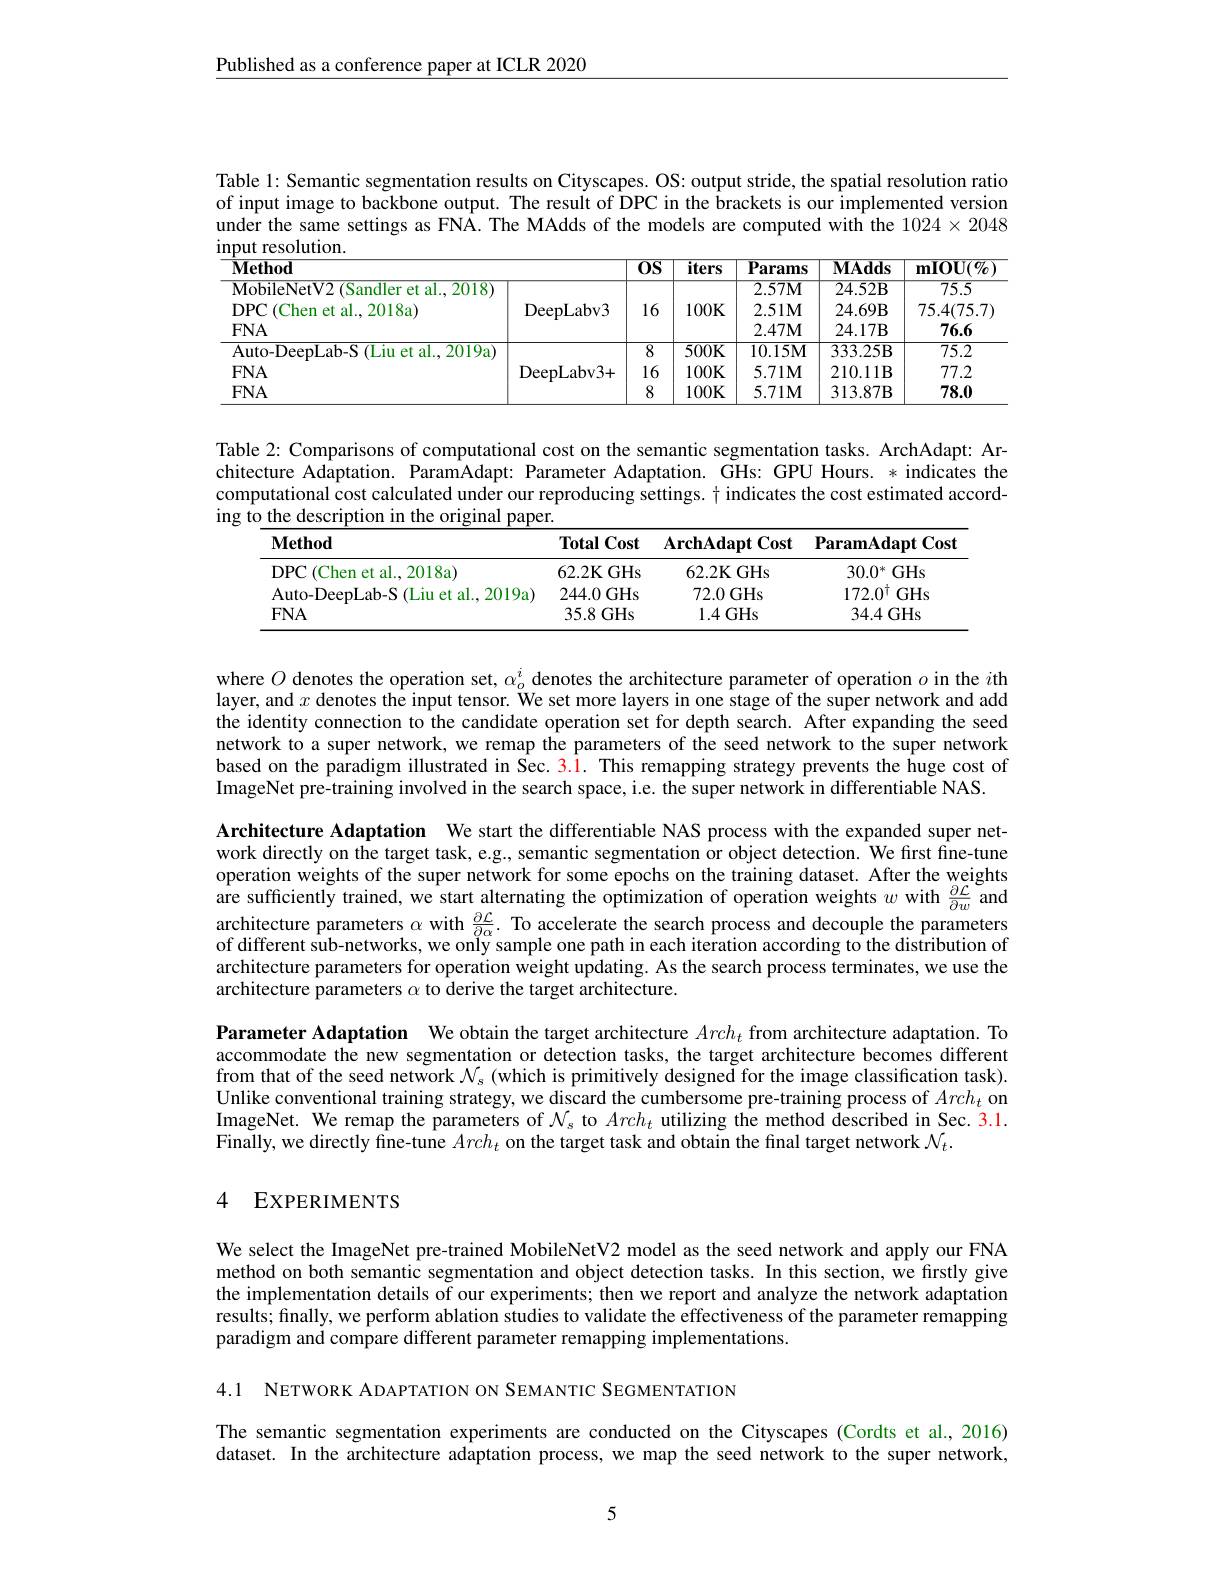
Published as a conference paper at ICLR 2020

Table 1: Semantic segmentation results on Cityscapes. OS: output stride, the spatial resolution ratio of input image to backbone output. The result of DPC in the brackets is our implemented version under the same settings as FNA. The MAdds of the models are computed with the $1024\times2048$ input resolution

<table>
	<tbody>
		<tr>
			<th>$\overline{\mathbf{Method}}$</th>
			<th> </th>
			<th>$\overline{0\mathbf{S}}$</th>
			<th>$\overline{\textbf{iters}}$</th>
			<th>$\mathbf{Params}$</th>
			<th>$\mathbf{MAdds}$</th>
			<th>$\mathbf{mIOU}(\%$</th>
		</tr>
		<tr>
			<td>MobileNetV2 (Sandler et al., 2018)</td>
			<td> </td>
			<td> </td>
			<td> </td>
			<td>$2.57\mathbf{M}$</td>
			<td>24.52B</td>
			<td>75.5</td>
		</tr>
		<tr>
			<td>DPC (Chen et al.,2018a)</td>
			<td>DeepLabv3</td>
			<td>16</td>
			<td>$100K$</td>
			<td>$2.51M$</td>
			<td>24.69B</td>
			<td>75.4(75.7)</td>
		</tr>
		<tr>
			<td>$FNA$</td>
			<td> </td>
			<td> </td>
			<td> </td>
			<td>$2.47\mathbf{M}$</td>
			<td>$24.17\mathbf{B}$</td>
			<td>76.6</td>
		</tr>
		<tr>
			<td>Auto-DeepLab-S (Liu et al., 2019a)</td>
			<td> </td>
			<td>$\overline{8}$</td>
			<td>$500K$</td>
			<td>10.15M</td>
			<td>333.25B</td>
			<td>75.2</td>
		</tr>
		<tr>
			<td>$FNA$</td>
			<td>DeepLabv3+ </td>
			<td>16</td>
			<td>$100K$</td>
			<td>$5.71\mathbf{M}$</td>
			<td>210.11B</td>
			<td>77.2</td>
		</tr>
		<tr>
			<td>$FNA$</td>
			<td> </td>
			<td>8</td>
			<td>$100K$</td>
			<td>$5.71\mathbf{M}$</td>
			<td>313.87B</td>
			<td>78.0</td>
		</tr>
	</tbody>
</table>

Table 2: Comparisons of computational cost on the semantic segmentation tasks. ArchAdapt: Architecture Adaptation. ParamAdapt: Parameter Adaptation. GHs: GPU Hours. * indicates the computational cost calculated under our reproducing settings. $\dagger$ indicates the cost estimated according to the description in the original paper.

<table>
	<tbody>
		<tr>
			<th>$\mathbf{Method}$</th>
			<th>Total $1Cost$</th>
			<th>$\mathbf{ArchAdaptCost}$</th>
			<th>$\textbf{ParamAdapt Cost}$</th>
		</tr>
		<tr>
			<td>$\mathbf{DPC}$ ${\mathrm{C}}($Chen et al., 2018a)</td>
			<td>$62.2\mathbf{K}($ GHs</td>
			<td>62.2K GHs</td>
			<td>GHs $30.0^{*}$</td>
		</tr>
		<tr>
			<td>Auto-DeepLab-S (Liu et al., 2019a)</td>
			<td>244.0GHs</td>
			<td>72.0GHs</td>
			<td>$172.0^{\dagger}$ GHs</td>
		</tr>
		<tr>
			<td>$FNA$</td>
			<td>35.8GHs</td>
			<td>1.4GHs</td>
			<td>34.4GHs</td>
		</tr>
	</tbody>
</table>

where $O$ denotes the operation set, $\alpha_o^i$ denotes the architecture parameter of operation $o$ in the $i$th layer, and $x$ denotes the input tensor. We set more layers in one stage of the super network and add the identity connection to the candidate operation set for depth search. After expanding the seed network to a super network, we remap the parameters of the seed network to the super network based on the paradigm illustrated in Sec. 3.1. This remapping strategy prevents the huge cost of ImageNet pre-training involved in the search space, i.e. the super network in differentiable NAS.
Architecture Adaptation We start the differentiable NAS process with the expanded super network directly on the target task, e.g., semantic segmentation or object detection. We first fine-tune operation weights of the super network for some epochs on the training dataset. After the weights are sufficiently trained, we start alternating the optimization of operation weights $w$ with $\frac\partial\mathcal{L}{\frac{\partial\mathcal{L}}{\partial w}}$ and architecture parameters $\alpha$ with $\frac\partial\mathcal{L}{\frac{\partial\mathcal{L}}{\partial\alpha}}.$ To accelerate the search process and decouple the parameters of different sub-networks, we only sample one path in each iteration according to the distribution of architecture parameters for operation weight updating. As the search process terminates, we use the architecture parameters $\alpha$ to derive the target architecture.

Parameter Adaptation We obtain the target architecture $Arch_t$ from architecture adaptation. To accommodate the new segmentation or detection tasks, the target architecture becomes different from that of the seed network $\mathcal{N}_s$ (which is primitively designeđ for the image classification task). Unlike conventional training strategy, we discard the cumbersome pre-training process of $Arch_t$ on ImageNet. We remap the parameters of $\mathcal{N}_s$ to $Arch_t$ utilizing the method described in Sec. 3.1. $\tilde{\text{Finally, we directly fine-tune }Arch_{t}}$ on the target task and obtain the final target network $\mathcal{N}_t.$

## 4 EXPERIMENTS

We select the ImageNet pre-trained MobileNetV2 model as the seed network and apply our FNA method on both semantic segmentation and object detection tasks. In this section, we firstly give the implementation details of our experiments; then we report and analyze the network adaptation results; finally, we perform ablation studies to validate the effectiveness of the parameter remapping paradigm and compare different parameter remapping implementations.

4.1 NETWORK ADAPTATION ON SEMANTIC SEGMENTATION

The semantic segmentation experiments are conducted on the Cityscapes (Cordts et al.,2016) dataset. In the architecture adaptation process, we map the seed network to the super network,

5